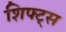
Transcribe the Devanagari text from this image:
शिफ्ट्स